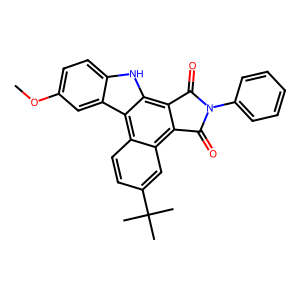
SMILES: COc1ccc2[nH]c3c4c(c5cc(C(C)(C)C)ccc5c3c2c1)C(=O)N(c1ccccc1)C4=O
Inhibits HIV replication: No